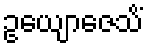
ဥယျောဇေသိံ